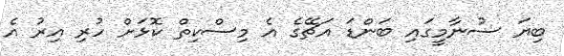
ބިޔަ ސުނާމީގައި ބަންޑަ އަޗޭގެ އެ މިސްކިތް ކޮޅަށް ހުރި އިރު އެ